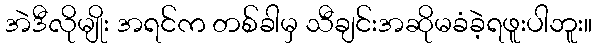
အဲဒီလိုမျိုး အရင်က တစ်ခါမှ သီချင်းအဆိုမခံခဲ့ရဖူးပါဘူး။